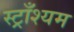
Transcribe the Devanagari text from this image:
स्ट्राँश्यम